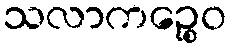
သလာကဉ္စေဝ